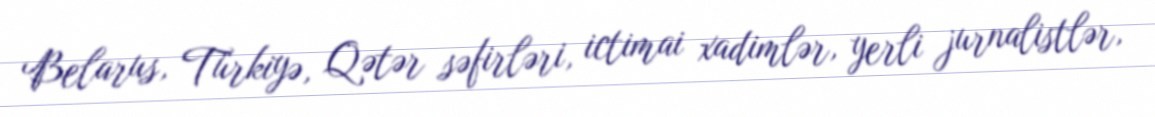
Belarus, Türkiyə, Qətər səfirləri, ictimai xadimlər, yerli jurnalistlər,